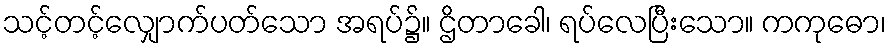
သင့်တင့်လျှောက်ပတ်သော အရပ်၌။ ဌိတာခေါ၊ ရပ်လေပြီးသော။ ကကုဓော၊